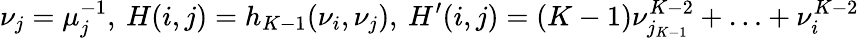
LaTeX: \nu_{j}=\mu_{j}^{-1},\: H(i,j)=h_{K-1}(\nu_{i},\nu_{j}),\: H^{\prime}(i,j)=(K-1)\nu_{j_{K-1}}^{K-2}+\ldots+\nu_{i}^{K-2}